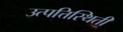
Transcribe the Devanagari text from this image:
उत्पत्तिस्थिती